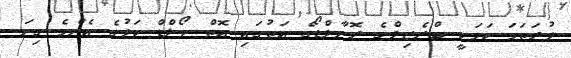
ފުރަތަމަ ކަމަކީ ބްރެޒިލްގެ ރޮނާލްޑޯގެ އަތުގައި އޮތް ވޯލްޑް ކަޕުގެ އެންމެ ގިނަ